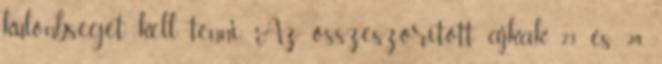
különbséget kell tenni. Az összeszorított ajkak 23. és 24.